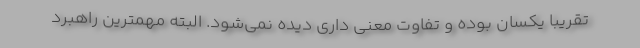
تقریبا یکسان بوده و تفاوت معنی داری دیده نمی‌شود. البته مهمترین راهبرد